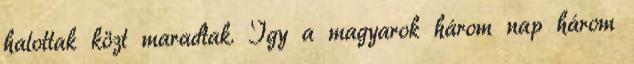
halottak közt maradtak. Így a magyarok három nap három